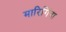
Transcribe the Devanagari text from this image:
मारिगिंदा